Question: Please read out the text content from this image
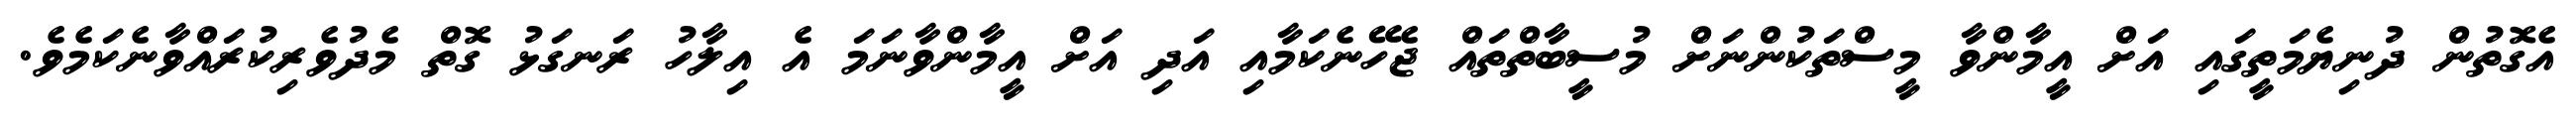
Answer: އެގޮތުން ދުނިޔެމަތީގައި އަށް އީމާންވާ މީސްތަކުންނަށް މުސީބާތްތައް ޖެހޭނެކަމާއި އަދި އަށް އީމާންވާނަމަ އެ އިލާހު ރަނގަޅު ގޮތް މެދުވެރިކުރައްވާނެކަމެވެ.